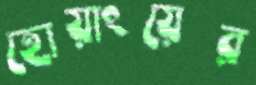
হোয়াংয়ের